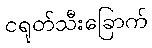
ငရုတ်သီးခြောက်